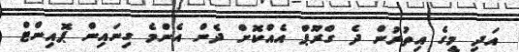
އަދި މީގެ އިތުރުން ދެ ގްރޫޕް އެއްކޮށް ދެން އެންމެ ގިނައިން ޕޮއިންޓް